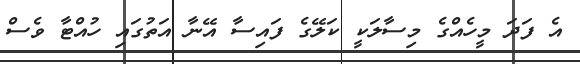
އެ ފަދަ މީހެއްގެ މިސާލަކީ ކަލޭގެ ފައިސާ އޭނާ އަތުގައި ހުއްޓާ ވެސް